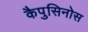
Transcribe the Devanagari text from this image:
कैपुसिनोस